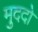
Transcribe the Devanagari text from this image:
मुददो